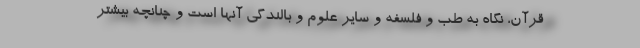
قرآن، نگاه به طب و فلسفه و سایر علوم و بالندگی آنها است و چنانچه بیشتر